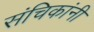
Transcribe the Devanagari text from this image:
संचिकांनी